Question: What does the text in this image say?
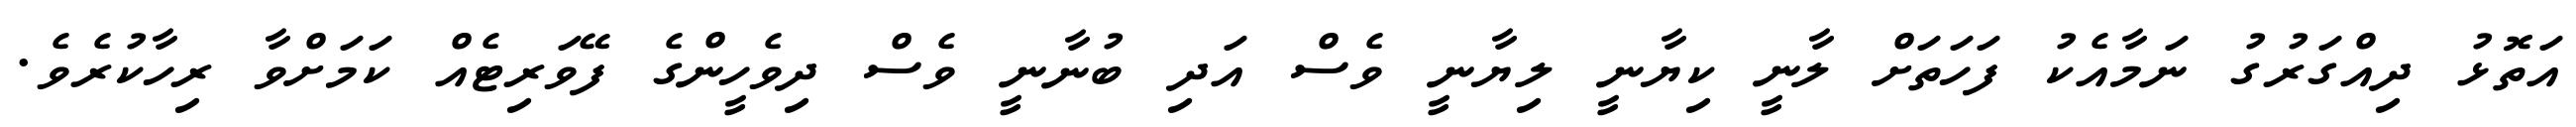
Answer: އަތޮޅު ދިއްގަރުގު ނަމާއެކު ފަހަތަށް ލާނީ ކިޔާނީ ލިޔާނީ ވެސް އަދި ބުނާނީ ވެސް ދިވެހީންގެ ފޭވަރިޓެއް ކަމަށްވާ ރިހާކުރެވެ.